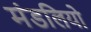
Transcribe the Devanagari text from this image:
मंडलियो